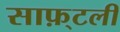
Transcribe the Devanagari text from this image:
साफ़्टली